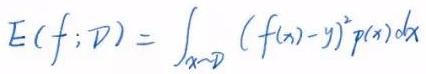
\[ E(f; \mathcal{D}) = \int_{x \sim \mathcal{D}} (f(x) - y)^2 p(x) dx \]